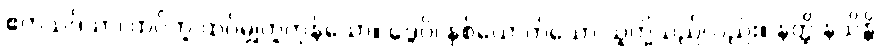
ဧကသဒိသာ၊ ထပ်တူ ထပ်မျှတူကုန်သော။ ဒွေပိ၊ နှစ်ယောက်သော သူတို့သည်လည်း။ နတ္ထိ နသိန္တိ၊